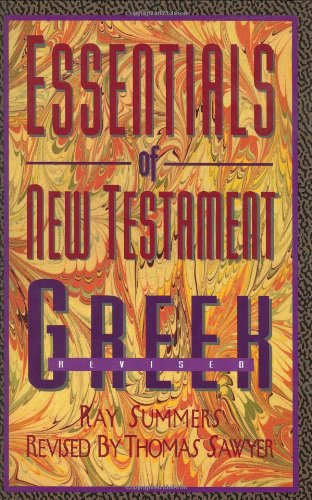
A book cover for Essentials of New Testament Greek; Ray Summers; Christian Books & Bibles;